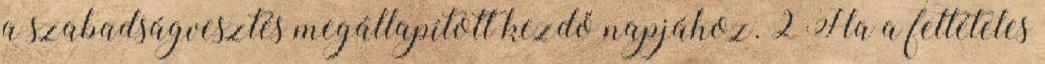
a szabadságvesztés megállapított kezdő napjához. 2 Ha a feltételes